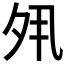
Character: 𡖊